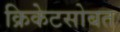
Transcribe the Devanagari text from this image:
क्रिकेटसोबत